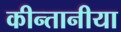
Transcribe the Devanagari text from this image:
कीन्तानीया